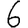
Digit: 6